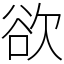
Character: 欲